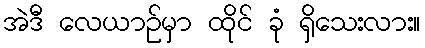
အဲဒီ လေယာဉ်မှာ ထိုင် ခုံ ရှိသေးလား။